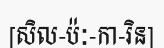
[សិល-ប៉ៈ-កា-រិន]